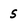
Character: 5